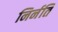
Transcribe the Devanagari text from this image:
निर्नति